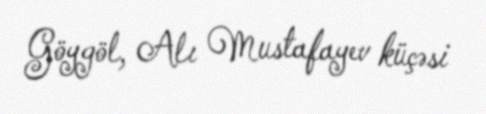
Göygöl, Alı Mustafayev küçəsi